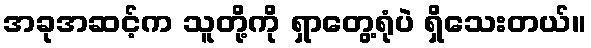
အခုအဆင့်က သူတို့ကို ရှာတွေ့ရုံပဲ ရှိသေးတယ်။